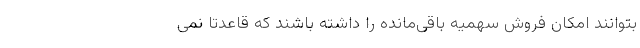
بتوانند امکان فروش سهمیه باقی‌مانده را داشته باشند که قاعدتا نمی‌